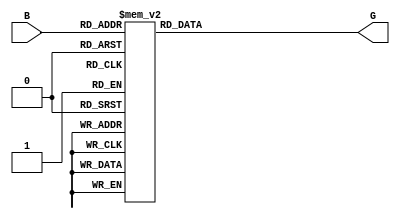
`timescale 1ns / 1ps
//////////////////////////////////////////////////////////////////////////////////
// Company: 
// Engineer: 
// 
// Design Name: 
// Module Name:    btog_3bit 
// Project Name: 
// Target Devices: 
// Tool versions: 
// Description: 
//
// Dependencies: 
//
// Revision: 
// Revision 0.01 - File Created
// Additional Comments: 
//
//////////////////////////////////////////////////////////////////////////////////
module btog_3bit(B,G);
	input [2:0]B;
	output reg [2:0]G;
	always@(B)
	begin
		case(B)
			3'b000: G=3'b000;
			3'b001: G=3'b001;
			3'b010: G=3'b011;
			3'b011: G=3'b010;
			3'b100: G=3'b110;
			3'b101: G=3'b111;
			3'b110: G=3'b101;
			3'b111: G=3'b100;
		endcase
	end
endmodule